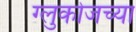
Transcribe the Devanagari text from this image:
ग्लुकोजच्या